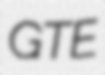
GTE